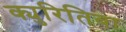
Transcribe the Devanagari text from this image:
क्युरितिबा